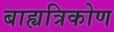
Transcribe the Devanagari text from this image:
बाह्यत्रिकोण